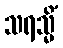
သရသ္မိံ